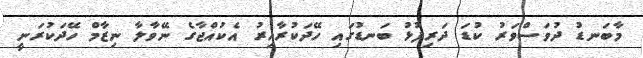
މާބަނޑު ދުވަސްވަރު ކުޑަ ދަރިފުޅު ބަނޑުގައި ހޭދަކުރާއިރު އެކުއްޖާގެ ނޭވާލާ ނިޒާމް ހޭދަކުރަނީ